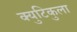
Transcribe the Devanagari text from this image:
क्युटिकुला